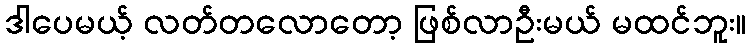
ဒါပေမယ့် လတ်တလောတော့ ဖြစ်လာဦးမယ် မထင်ဘူး။